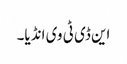
این ڈی ٹی وی انڈیا۔